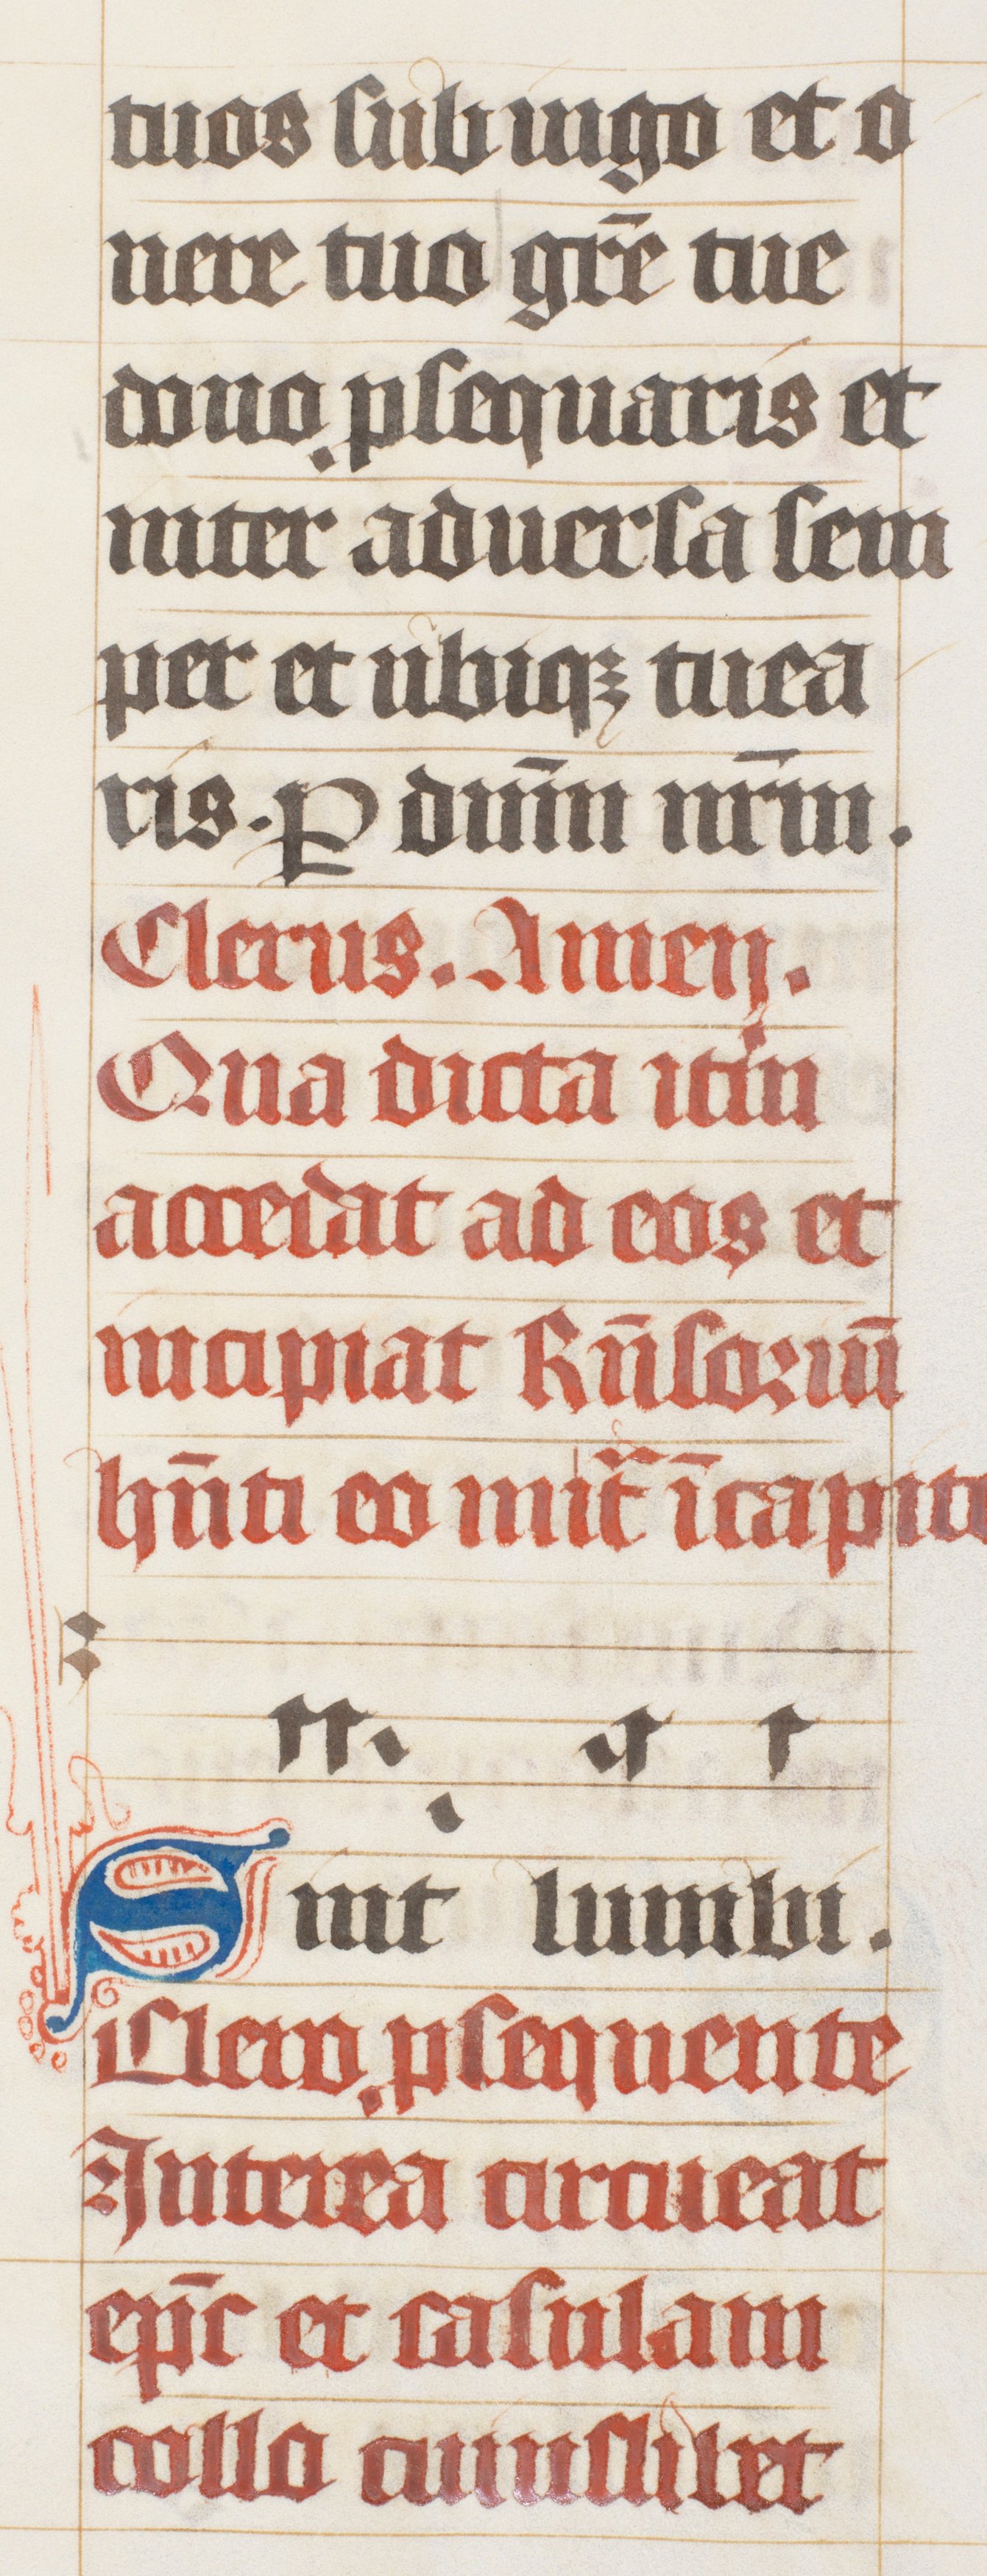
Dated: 1447–1478